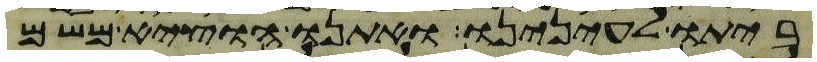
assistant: ביתו לעינינו ואתנו הוציא משם